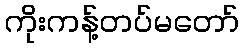
ကိုးကန့်တပ်မတော်